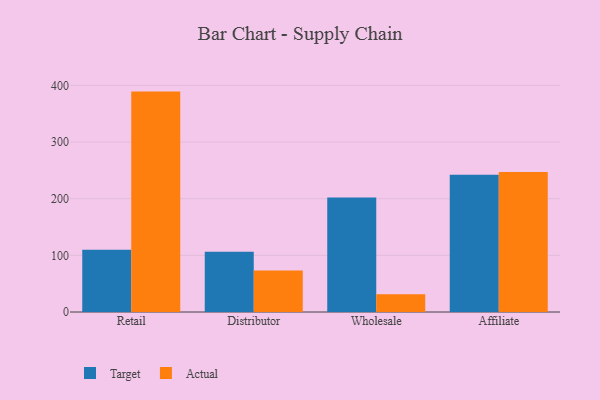
{"axis": {"x": "Channel", "y": "Net Income (USD K)"}, "legend": ["Actual", "Target"], "data": [{"x": "Retail", "y": 110.1, "type": "Target"}, {"x": "Retail", "y": 389.1, "type": "Actual"}, {"x": "Distributor", "y": 106.2, "type": "Target"}, {"x": "Distributor", "y": 73.2, "type": "Actual"}, {"x": "Wholesale", "y": 202.3, "type": "Target"}, {"x": "Wholesale", "y": 31.2, "type": "Actual"}, {"x": "Affiliate", "y": 242.1, "type": "Target"}, {"x": "Affiliate", "y": 247.3, "type": "Actual"}]}